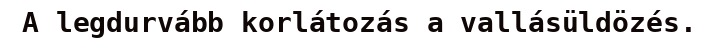
A legdurvább korlátozás a vallásüldözés.